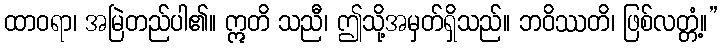
ထာဝရာ၊ အမြဲတည်ပါ၏။ ဣတိ သညီ၊ ဤသို့အမှတ်ရှိသည်။ ဘဝိဿတိ၊ ဖြစ်လတ္တံ့။”